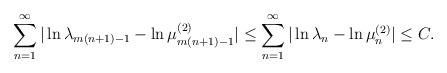
LaTeX: \begin{align*}\sum\limits_{n=1}^{\infty}|\ln\lambda_{m (n+1)-1}-\ln\mu^{(2)}_{m (n+1)-1}| \leq\sum\limits_{n=1}^{\infty}|\ln\lambda_{n}-\ln\mu^{(2)}_{n}| \leq C.\end{align*}